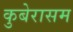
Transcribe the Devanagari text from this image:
कुबेरासम